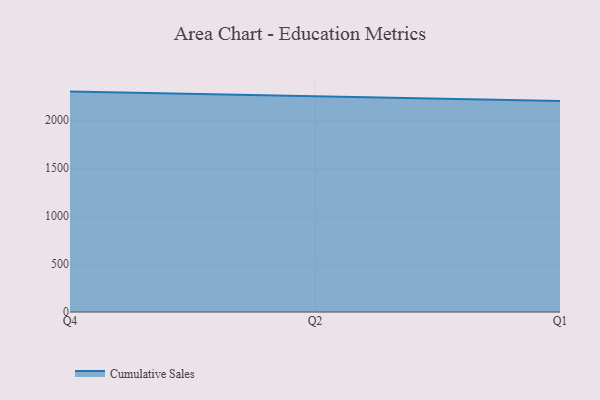
{"axis": {"x": "Quarter", "y": "Satisfaction Score"}, "legend": ["Cumulative Sales"], "data": [{"x": "Q4", "y": 2298.7, "type": "Cumulative Sales"}, {"x": "Q2", "y": 2249.5, "type": "Cumulative Sales"}, {"x": "Q1", "y": 2200.6, "type": "Cumulative Sales"}]}